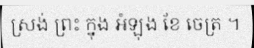
ស្រង់ ព្រះ ក្នុង អំឡុង ខែ ចេត្រ ។